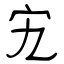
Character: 宄